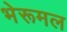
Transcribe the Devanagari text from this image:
भेरूमल